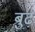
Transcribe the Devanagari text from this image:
बुढ़